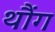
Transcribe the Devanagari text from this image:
थौंग